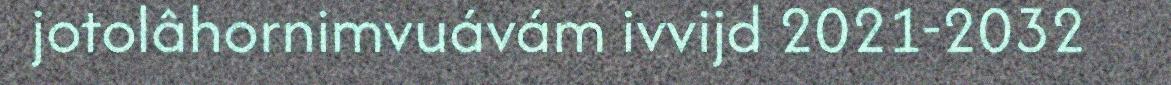
jotolâhornimvuávám ivvijd 2021-2032